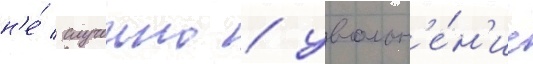
н'е́ случаино / увольн'е́н'ие